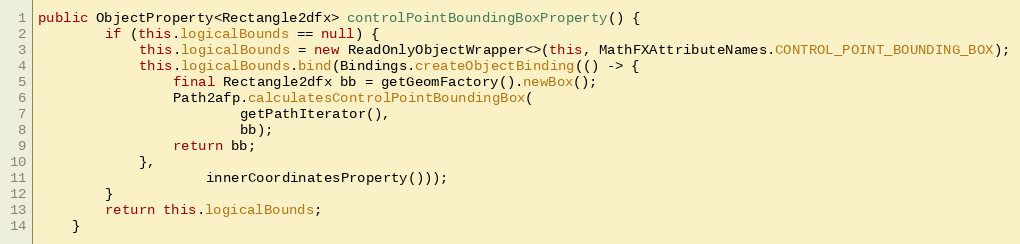
Language: Java
public ObjectProperty<Rectangle2dfx> controlPointBoundingBoxProperty() {
		if (this.logicalBounds == null) {
			this.logicalBounds = new ReadOnlyObjectWrapper<>(this, MathFXAttributeNames.CONTROL_POINT_BOUNDING_BOX);
			this.logicalBounds.bind(Bindings.createObjectBinding(() -> {
				final Rectangle2dfx bb = getGeomFactory().newBox();
				Path2afp.calculatesControlPointBoundingBox(
						getPathIterator(),
						bb);
				return bb;
			},
					innerCoordinatesProperty()));
		}
		return this.logicalBounds;
	}